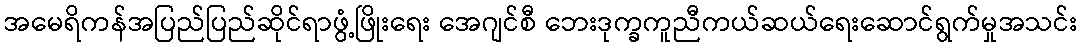
အမေရိကန်အပြည်ပြည်ဆိုင်ရာဖွံ့ဖြိုးရေး အေဂျင်စီ ဘေးဒုက္ခကူညီကယ်ဆယ်ရေးဆောင်ရွက်မှုအသင်း